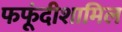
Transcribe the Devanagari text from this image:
फफूंदीशामिल